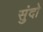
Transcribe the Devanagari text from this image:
सुंदो